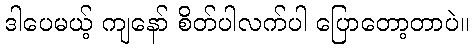
ဒါပေမယ့် ကျနော် စိတ်ပါလက်ပါ ပြောတော့တာပဲ။